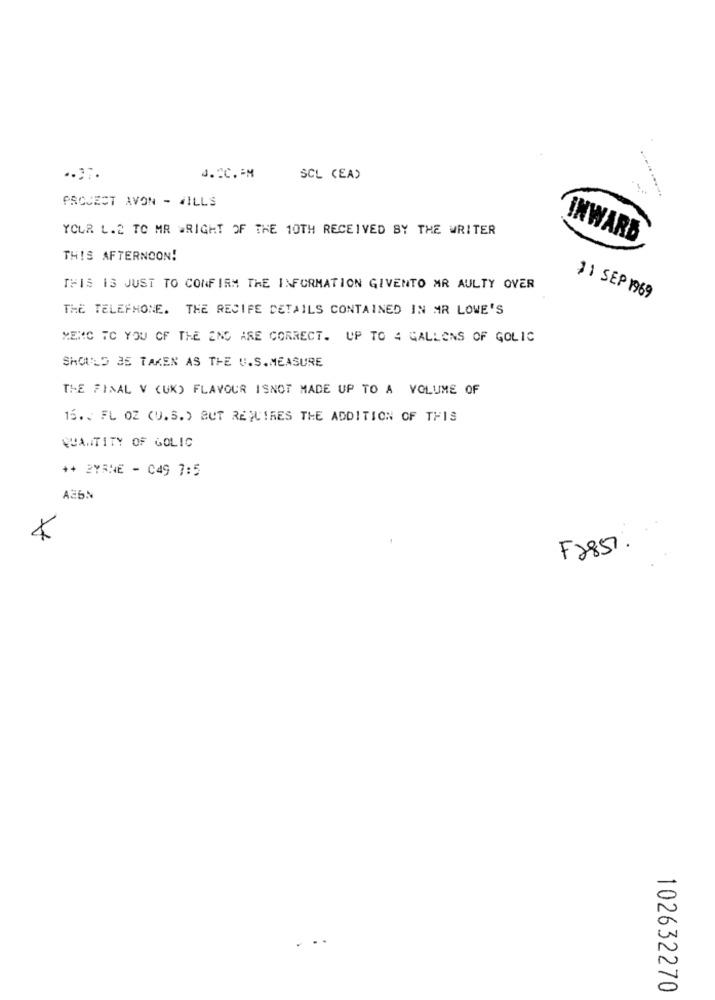
J. CC. - M
SCL (EA)
PROJECT AVON - WILLS
YOUR L.2 TO MR WRIGHT OF THE 10TH RECEIVED BY THE WRITER
INWARD
THIS AFTERNOON!
THIS IS JUST TO CONFIRM THE INFORMATION GIVENTO MR AULTY OVER
31 SEP 1969
THE TELEPHONE. THE RECIFE DETAILS CONTAINED IN MR LOWE'S
MENC TO YOU OF THE END ARE CORRECT. UP TO 4 GALLONS OF GOLIC
SHOULD 35 TAKEN AS THE U.S.MEASURE
THE FINAL V (UK) FLAVOUR ISNOT MADE UP TO A VOLUME OF
15. . FL OZ (U.S.) BUT REQUIRES THE ADDITION OF THIS
QUANTITY OF GOLIC
++ 2YRNE - C49 7:5
F2857
102632270